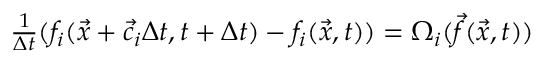
\begin{array} { r } { \frac { 1 } { \Delta t } ( f _ { i } ( \vec { x } + \vec { c } _ { i } \Delta t , t + \Delta t ) - f _ { i } ( \vec { x } , t ) ) = { \Omega _ { i } } ( \vec { f } ( \vec { x } , t ) ) } \end{array}